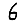
Digit: 6